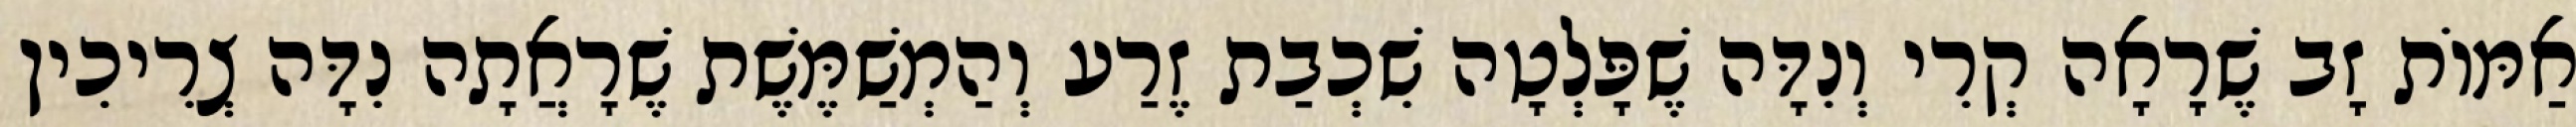
אַמּוֹת זָב שֶׁרָאָה קְרִי וְנִדָּה שֶׁפָּלְטָה שִׁכְבַת זֶרַע וְהַמְשַׁמֶּשֶׁת שֶׁרָאֲתָה נִדָּה צְרִיכִין